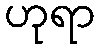
ဟုရာ